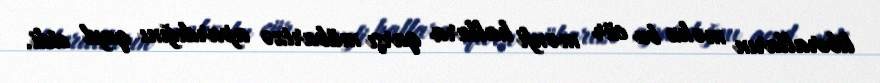
liberalların məhz bu cür mənfi hallara qarşı mübarizə apardığını qeyd etdi.